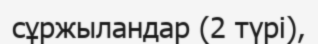
сұржыландар (2 түрі),